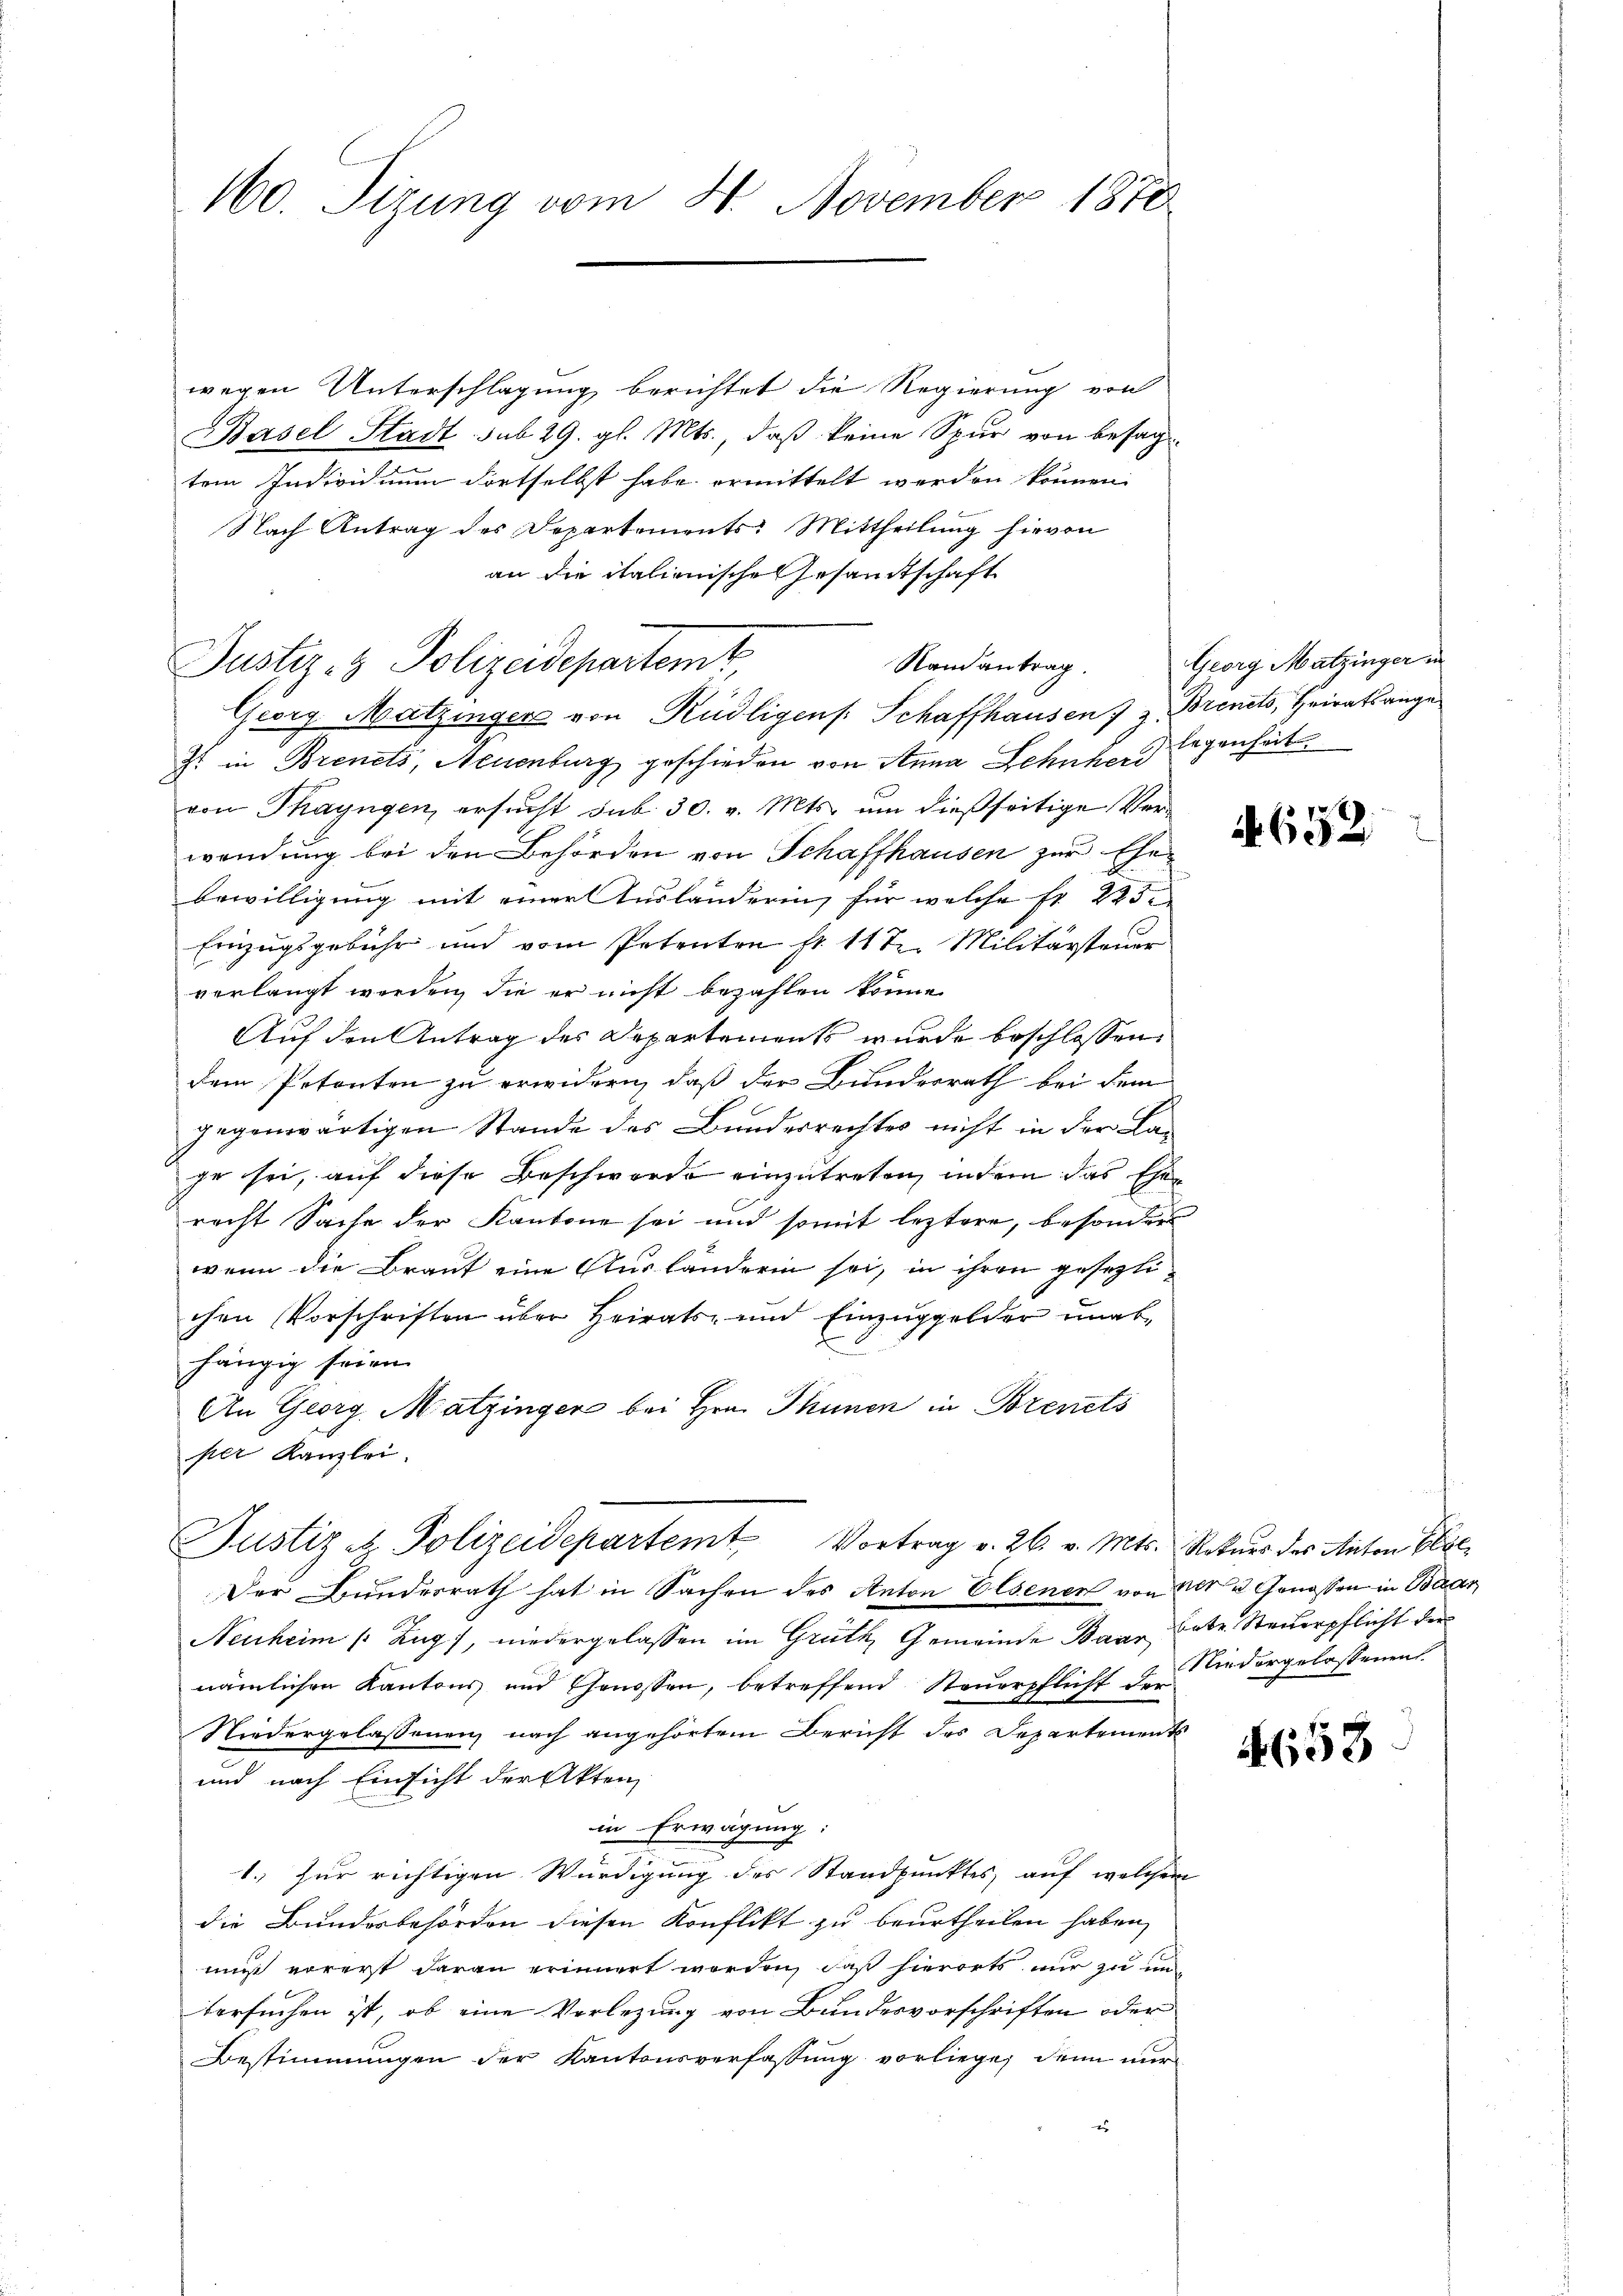
160. Sizung vom 20. November 1878.

wegen Unterschlagung berichtet die Regierung von
Basel Stadt sub 29. gl. Mts., daß keine Spur von besagtem Indivnium dortselbst habe ermittelt werden können.
Nach Antrag des Departements: Mittheilung hievon
an die italienische Gesandtschaft
Randantrag.
Georg Matzinger von Kudligens. Schaffhausen 7 z. Brinets, Heiratsange
zt in Brenets, Neuenburg geschieden von Anna Schuhend legenheit
von Thayngen, ersucht sub 30. v. Mts. um dießseitige Verwendung bei den Behörden von Schaffhausen zur Ehebewilligung mit einer Ausländering für welche fr. 225
Einzugsgebühr und vom Petenten fr. 11 t Militärsteuer
verlangt werden, die er nicht bezahlen könne.
Auf den Antrag des Departements wurde beschlossen,
dem Petenten zu erwidern, daß der Bundesrath bei dem
gegenwärtigen Stande des Bundesrechtes nicht in der Lage sei, auf diese Beschwerde einzutreten, indem das Ehen
recht Sache der Kantone sei und somit leztere, besonde
wenn die Braut eine Ausländerin sei, in ihren gesezlichen Vorschriften über Heirats- und Einzuggelder unabhängig seien. |
An Georg Matzingen bei Hrn. Thunen in Brents
per Kanzlei.
Justiz u. Polizeidepartemt Vortrag v. 26. v. Mts. Rekurs des Anton Blät¬
Der Bundesrath hat in Sachen des Anton Elsenen von der u Genossen in Baar
Neuheim (: Zug, niedergelassen im Grütz, Gemeinde Baar, betr. Steuerpflicht der
nämlichen Kantons und Genossen, betreffend Steuerpflicht der
Niedergelassenen, nach angehörtem Bericht des Departements
und nach Einsicht der Akten,
in Erwägung:
1.) Zur richtigen Würdigung des Standpunktes, auf welchem
die Bundesbehörden diesen Konflikt zu beurtheilen haben,
muß vorerst daran erinnert werden, daß hierorts nur zu un
tersuchen ist, ob eine Verlegung von Bundesvorschriften oder
Bestimmungen der Kantonsverfassung vorliege, denn nur

Guster- & Polizeidepartemt

Georg Matzinger in

652

Niedergelassenen.

4653